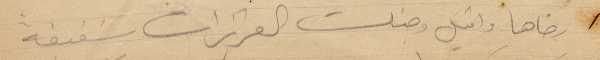
رضاها واقبل وجنات العزيزات شفيقة